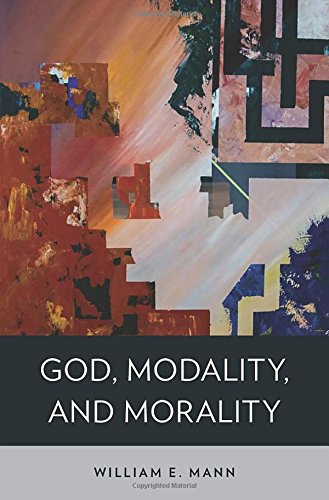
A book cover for God, Modality, and Morality; William E. Mann; Religion & Spirituality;